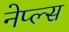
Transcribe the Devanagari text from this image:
नेप्ल्स